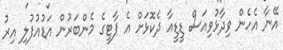
އޭނާ އެހެން ވިދާޅުވިއަސް ޑީޑީއާ ދެކޮޅަށް އެ ޕާޓީގެ މެންބަރުން އަޑުއުފުލި އިރު